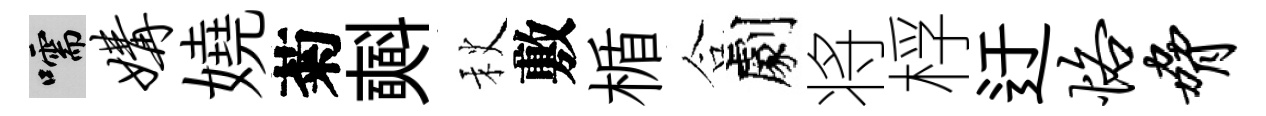
嚅媾嬈菊𣂏秋敷楯合劇将桴迂恪胁